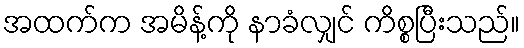
အထက်က အမိန့်ကို နာခံလျှင် ကိစ္စပြီးသည်။